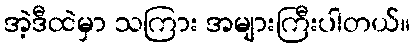
အဲ့ဒီထဲမှာ သကြား အများကြီးပါတယ်။